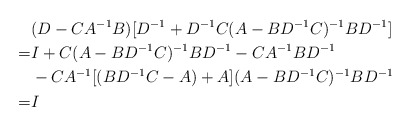
\begin{align*} &(D-CA^{-1}B)[D^{-1}+D^{-1}C(A-BD^{-1}C)^{-1}BD^{-1}]\\ =& I+C(A-BD^{-1}C)^{-1}BD^{-1}-CA^{-1}BD^{-1}\\ & -CA^{-1}[(BD^{-1}C-A)+A](A-BD^{-1}C)^{-1}BD^{-1}\\ =& I\end{align*}